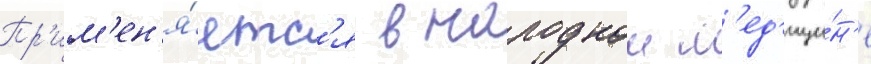
Пр'им'ен'я́етс'я в народнои м'ед'ици́н'е